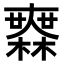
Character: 𣞤